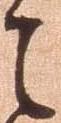
之